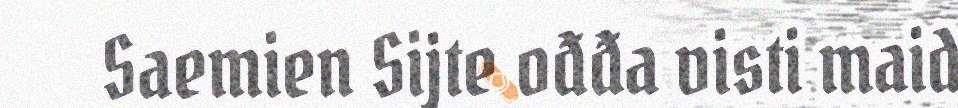
Saemien Sijte ođđa visti maid